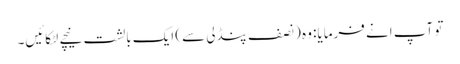
تو آپ انے فرمایا: وہ (نصف پنڈلی سے) ایک بالشت نیچے لٹکائیں۔